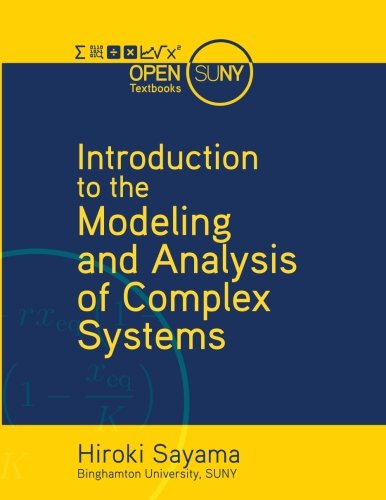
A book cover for Introduction to the Modeling and Analysis of Complex Systems; Hiroki Sayama; Science & Math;